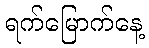
ရက်မြောက်နေ့